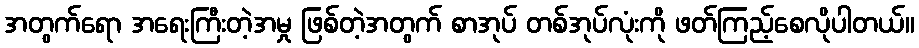
အတွက်ရော အရေးကြီးတဲ့အမှု ဖြစ်တဲ့အတွက် စာအုပ် တစ်အုပ်လုံးကို ဖတ်ကြည့်စေလိုပါတယ်။